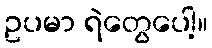
ဥပမာ ရဲတွေပေါ့။